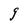
Character: g